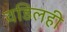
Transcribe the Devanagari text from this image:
वडिलही